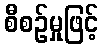
စီစဉ်မှုဖြင့်